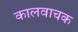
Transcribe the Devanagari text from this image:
कालवाचक